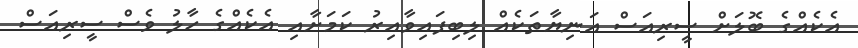
އެކެއްގެ ބޮލަށް ސީރިއަސް އަނިޔާތަކެއް ލިބިފައިވާއިރު ކަމަށާއި އެކެއްގެ ހާލު ވެސް ސީރިއަސް